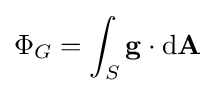
\Phi _{G}=\int _{S}\mathbf {g} \cdot \mathrm {d} \mathbf {A} \,\!